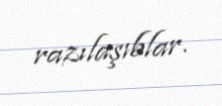
razılaşıblar.